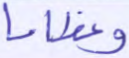
وعظاما